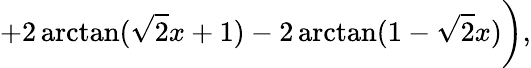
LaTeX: +2\arctan(\sqrt{2}x+1)-2\arctan(1-\sqrt{2}x)\biggr),